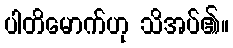
ပါတိမောက်ဟု သိအပ်၏။